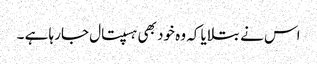
اس نے بتلایا کہ وہ خود بھی ہسپتال جارہا ہے ۔